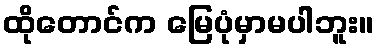
ထိုတောင်က မြေပုံမှာမပါဘူး။